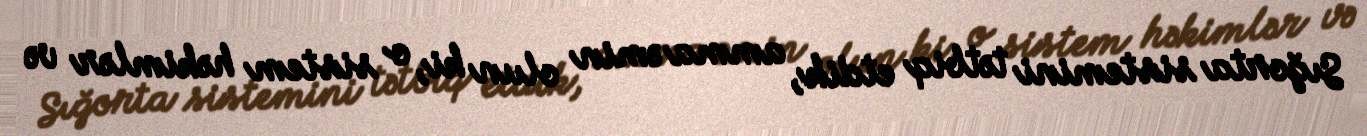
Sığorta sistemini tətbiq etdik, amma əmin olun ki, o sistem həkimlər və